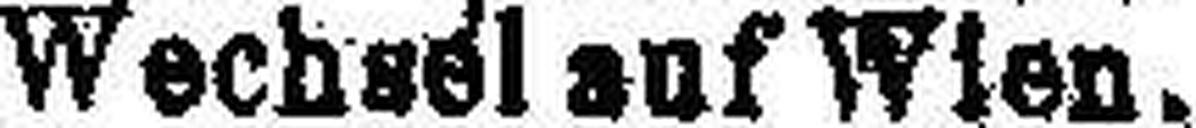
Wechsel auf Wien.